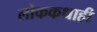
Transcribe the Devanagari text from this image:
लोककथाही